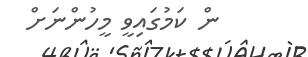
ން ކަމުގައިވީ މީހުންނަށް